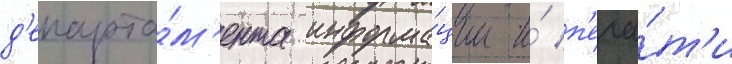
д'епарта́м'ента информа́ции и́ п'еча́т'и